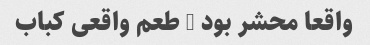
واقعا محشر بود … طعم واقعی کباب